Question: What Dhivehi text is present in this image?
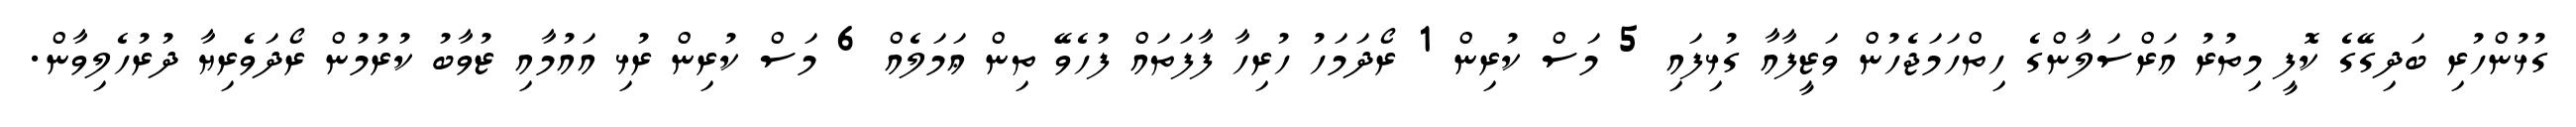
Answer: ގުޅުންހުރި ބަދިގޭގެ ކޮފީ މިތުރު އަރްސަލާންގެ ހިތްހަމަޖެހުން ވަޒީފާއާ ގުޅިފައި 5 މަސް ކުރިން 1 ރޯދަމަހު ހުރިހާ ފާފަތައް ފުހެވޭ ތިން ޢަމަލެއް 6 މަސް ކުރިން ރުޅި އައުމާއި ޒުވާބު ކުރުމުން ރޯދަވެރިޔާ ދުރުހެލިވާން.